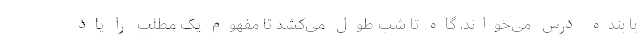
با بنده درس می‌خواند، گاه تا شب طول می‌کشد تا مفهوم یک مطلب را یاد